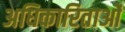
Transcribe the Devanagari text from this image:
अधिकारिताओं